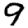
Digit: 9